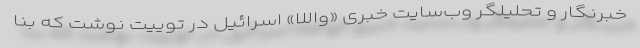
خبرنگار و تحلیلگر وب‌سایت خبری «واللا» اسرائیل در توییت نوشت که بنا